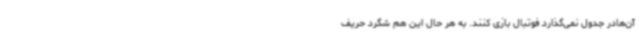
آن‌هادر جدول نمی‌گذارد فوتبال بازی کنند. به هر حال این هم شگرد حریف